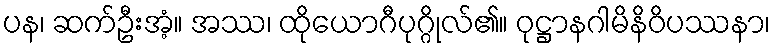
ပန၊ ဆက်ဦးအံ့။ အဿ၊ ထိုယောဂီပုဂ္ဂိုလ်၏။ ဝုဋ္ဌာနဂါမိနိဝိပဿနာ၊